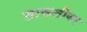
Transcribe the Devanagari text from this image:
ताकतीवर